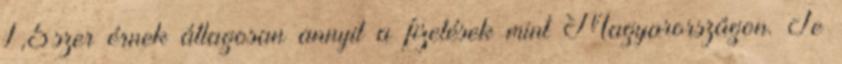
1,5szer érnek átlagosan annyit a fizetések mint Magyarországon. Te